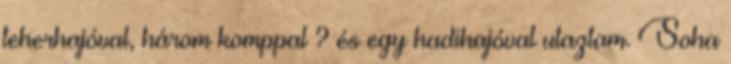
teherhajóval, három komppal ? és egy hadihajóval utaztam. Soha